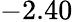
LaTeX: -2.40